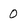
Character: 0